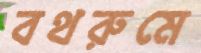
বথরুমে